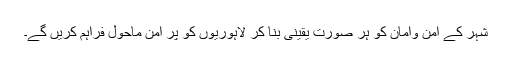
شہر کے اَمن وامان کو ہر صورت یقینی بنا کر لاہوریوں کو پْر امن ماحول فراہم کریں گے۔